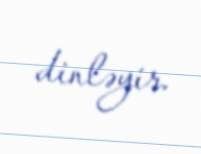
dinləyir.